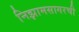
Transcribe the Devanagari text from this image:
निझामसागरची